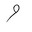
Letter: _waw